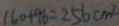
1 6 0 + 9 6 = 2 5 6 c m ^ { 2 }